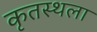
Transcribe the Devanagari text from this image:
कृतस्थला